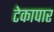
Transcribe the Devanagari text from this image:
टेकापार